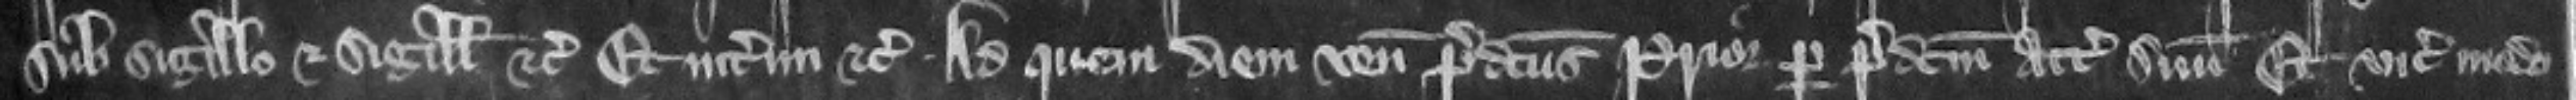
sub sigillo et sigillis etc. Et interim etc. Ad quem diem venit predictus prior per predictum attornatum suum. Et vicecomes modo